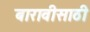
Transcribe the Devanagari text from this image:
बारावीसाठी